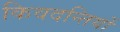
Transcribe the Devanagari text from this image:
किवदन्तियों